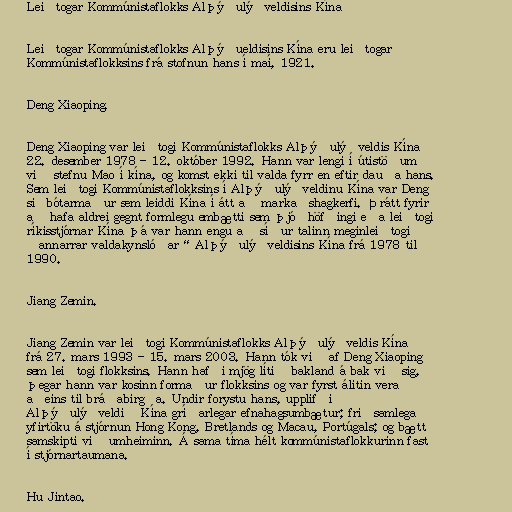
Leiðtogar Kommúnistaflokks Alþýðulýðveldisins Kína

Leiðtogar Kommúnistaflokks Alþýðueldisins Kína eru leiðtogar
Kommúnistaflokksins frá stofnun hans í maí, 1921.

Deng Xiaoping.

Deng Xiaoping var leiðtogi Kommúnistaflokks Alþýðulýðveldis Kína
22. desember 1978 - 12. október 1992. Hann var lengi í útistöðum
við stefnu Mao í kína, og komst ekki til valda fyrr en eftir dauða hans.
Sem leiðtogi Kommúnistaflokksins í Alþýðulýðveldinu Kína var Deng
siðbótarmaður sem leiddi Kína í átt að markaðshagkerfi. Þrátt fyrir
að hafa aldrei gegnt formlegu embætti sem þjóðhöfðingi eða leiðtogi
ríkisstjórnar Kína þá var hann engu að síður talinn meginleiðtogi
„annarrar valdakynslóðar“ Alþýðulýðveldisins Kína frá 1978 til
1990.

Jiang Zemin.

Jiang Zemin var leiðtogi Kommúnistaflokks Alþýðulýðveldis Kína
frá 27. mars 1993 - 15. mars 2003. Hann tók við af Deng Xiaoping
sem leiðtogi flokksins. Hann hafði mjög lítið bakland á bak við sig,
þegar hann var kosinn formaður flokksins og var fyrst álitin vera
aðeins til bráðabirgða. Undir forystu hans, upplifði
Alþýðulýðveldið Kína gríðarlegar efnahagsumbætur; friðsamlega
yfirtöku á stjórnun Hong Kong, Bretlands og Macau, Portúgals; og bætt
samskipti við umheiminn. Á sama tíma hélt kommúnistaflokkurinn fast
í stjórnartaumana.

Hu Jintao.